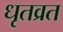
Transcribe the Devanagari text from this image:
धृतव्रत